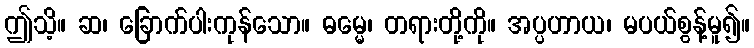
ဤသိ့။ ဆ၊ ခြောက်ပါးကုန်သော။ ဓမ္မေ၊ တရားတို့ကို။ အပ္ပဟာယ၊ မပယ်စွန့်မူ၍။